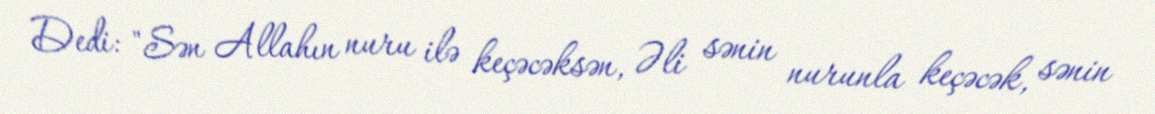
Dedi: "Sən Allahın nuru ilə keçəcəksən, Əli sənin nurunla keçəcək, sənin